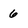
Character: 6